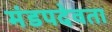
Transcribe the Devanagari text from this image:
मंडपदेवता